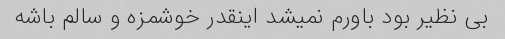
بی‌ نظیر بود باورم‌ نمیشد‌ اینقدر خوشمزه و سالم باشه